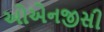
ઓએનજીસી